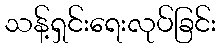
သန့်ရှင်းရေးလုပ်ခြင်း